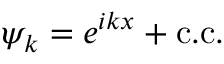
\psi _ { k } = e ^ { i k x } + \mathrm { c . c . }